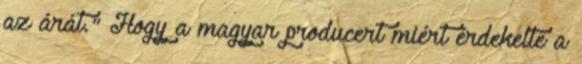
az árát." Hogy a magyar producert miért érdekelte a